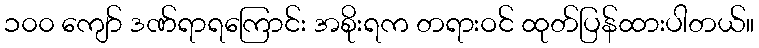
၁၀၀ ကျော် ဒဏ်ရာရကြောင်း အစိုးရက တရားဝင် ထုတ်ပြန်ထားပါတယ်။